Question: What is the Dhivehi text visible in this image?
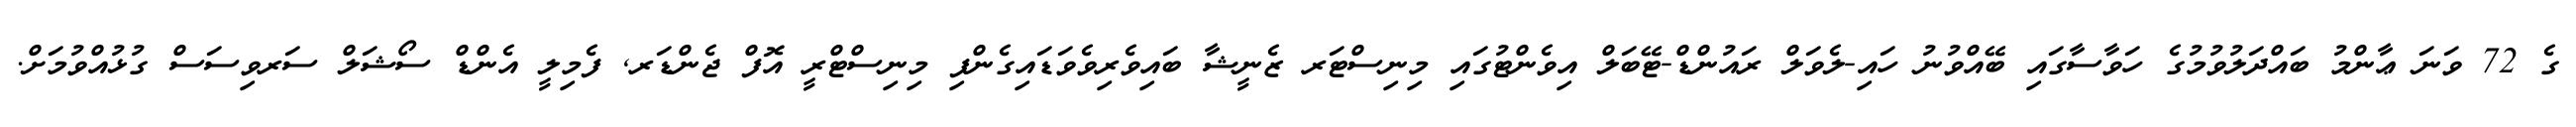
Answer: ގެ 72 ވަނަ ޢާންމު ބައްދަލުވުމުގެ ހަވާސާގައި ބޭއްވުނު ހައި-ލެވަލް ރައުންޑް-ޓޭބަލް އިވެންޓުގައި މިނިސްޓަރ ޒެނީޝާ ބައިވެރިވެވަޑައިގެންފި މިނިސްޓްރީ އޮފް ޖެންޑަރ, ފެމިލީ އެންޑް ސޯޝަލް ސަރވިސަސް ގުޅުއްވުމަށް.